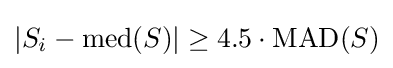
\left|S_{i}-\operatorname {med} (S)\right|\geq 4.5\cdot \operatorname {MAD} (S)